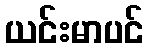
ယင်းမာပင်